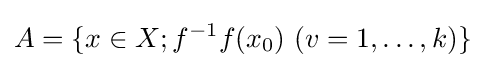
A=\{x\in X;f^{-1}f(x_{0})\ (v=1,\dots ,k)\}